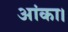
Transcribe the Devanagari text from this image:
आंका।